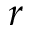
r